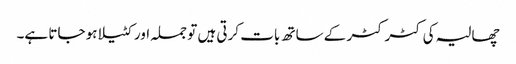
چھالیہ کی کٹر کٹر کے ساتھ بات کرتی ہیں تو جملہ اور کٹیلا ہو جاتا ہے۔